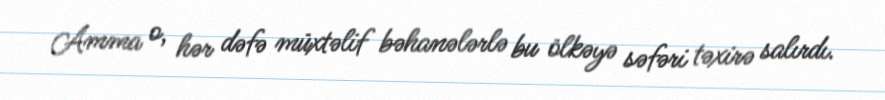
Amma o, hər dəfə müxtəlif bəhanələrlə bu ölkəyə səfəri təxirə salırdı.